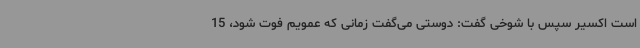
است اکسیر سپس با شوخی گفت: دوستی می‌گفت زمانی که عمویم فوت شود، 15